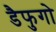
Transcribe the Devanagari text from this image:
डैफुगो